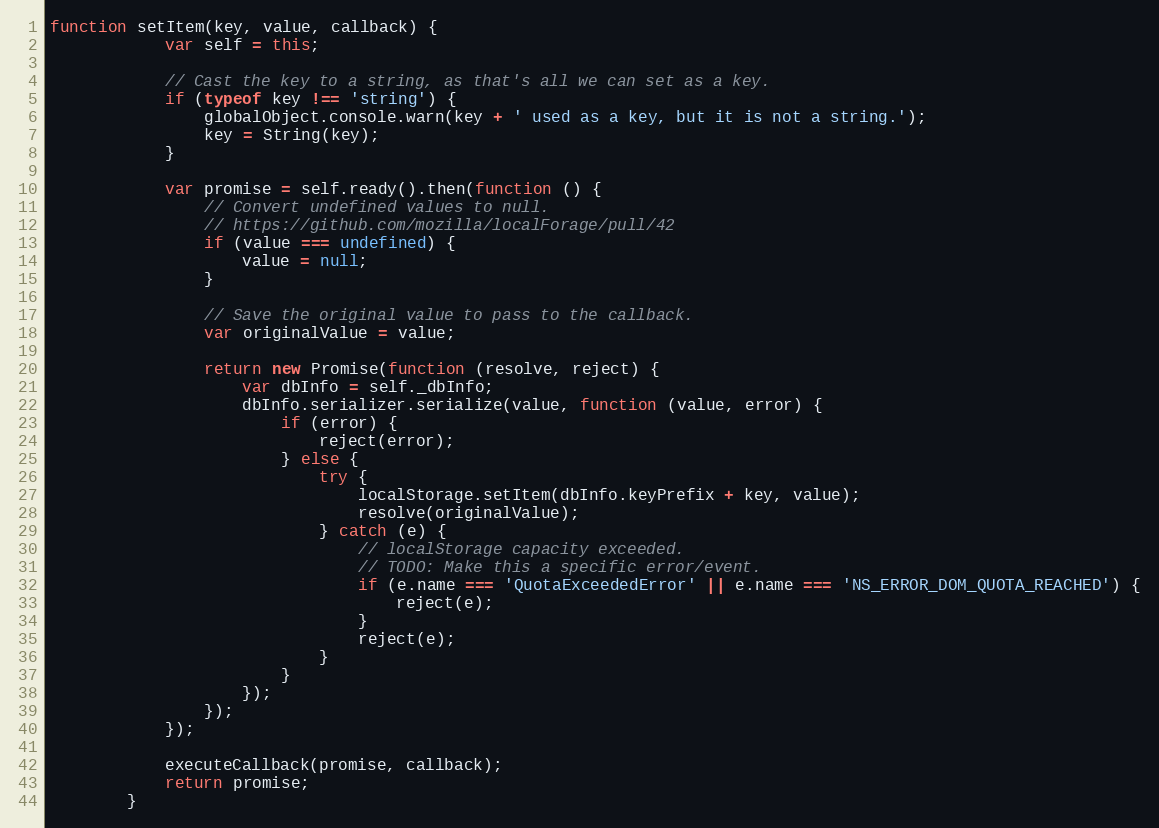
Language: JavaScript
function setItem(key, value, callback) {
	        var self = this;

	        // Cast the key to a string, as that's all we can set as a key.
	        if (typeof key !== 'string') {
	            globalObject.console.warn(key + ' used as a key, but it is not a string.');
	            key = String(key);
	        }

	        var promise = self.ready().then(function () {
	            // Convert undefined values to null.
	            // https://github.com/mozilla/localForage/pull/42
	            if (value === undefined) {
	                value = null;
	            }

	            // Save the original value to pass to the callback.
	            var originalValue = value;

	            return new Promise(function (resolve, reject) {
	                var dbInfo = self._dbInfo;
	                dbInfo.serializer.serialize(value, function (value, error) {
	                    if (error) {
	                        reject(error);
	                    } else {
	                        try {
	                            localStorage.setItem(dbInfo.keyPrefix + key, value);
	                            resolve(originalValue);
	                        } catch (e) {
	                            // localStorage capacity exceeded.
	                            // TODO: Make this a specific error/event.
	                            if (e.name === 'QuotaExceededError' || e.name === 'NS_ERROR_DOM_QUOTA_REACHED') {
	                                reject(e);
	                            }
	                            reject(e);
	                        }
	                    }
	                });
	            });
	        });

	        executeCallback(promise, callback);
	        return promise;
	    }